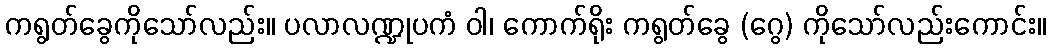
ကရွတ်ခွေကိုသော်လည်း။ ပလာလဏ္ဍုပကံ ဝါ၊ ကောက်ရိုး ကရွတ်ခွေ (ဂွေ) ကိုသော်လည်းကောင်း။